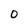
Character: 0